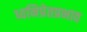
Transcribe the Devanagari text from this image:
ध्वनिप्रेतप्रभाव